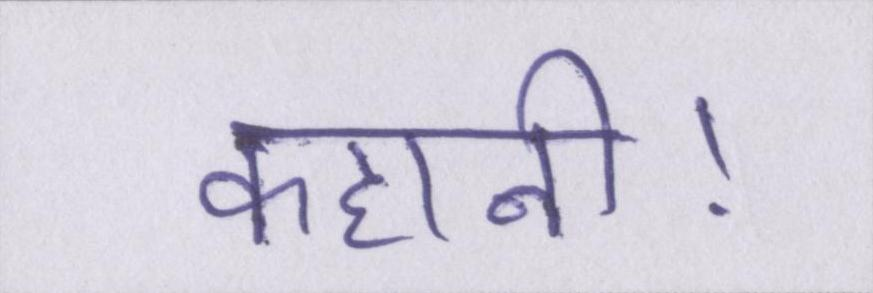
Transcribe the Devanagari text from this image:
कहानी।